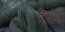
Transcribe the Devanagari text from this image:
दिसंबबर